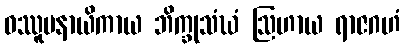
ဝဿူပနာယိကာယ ဘိက္ခုသံဃံ ဩဟာယ ရာဇဂဟံ